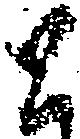
と